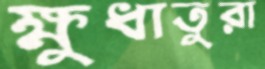
ক্ষুধাতুরা